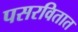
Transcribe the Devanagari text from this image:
पसरवितात